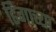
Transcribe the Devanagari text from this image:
ढिगाच्या